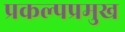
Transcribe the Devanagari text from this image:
प्रकल्पप्रमुख